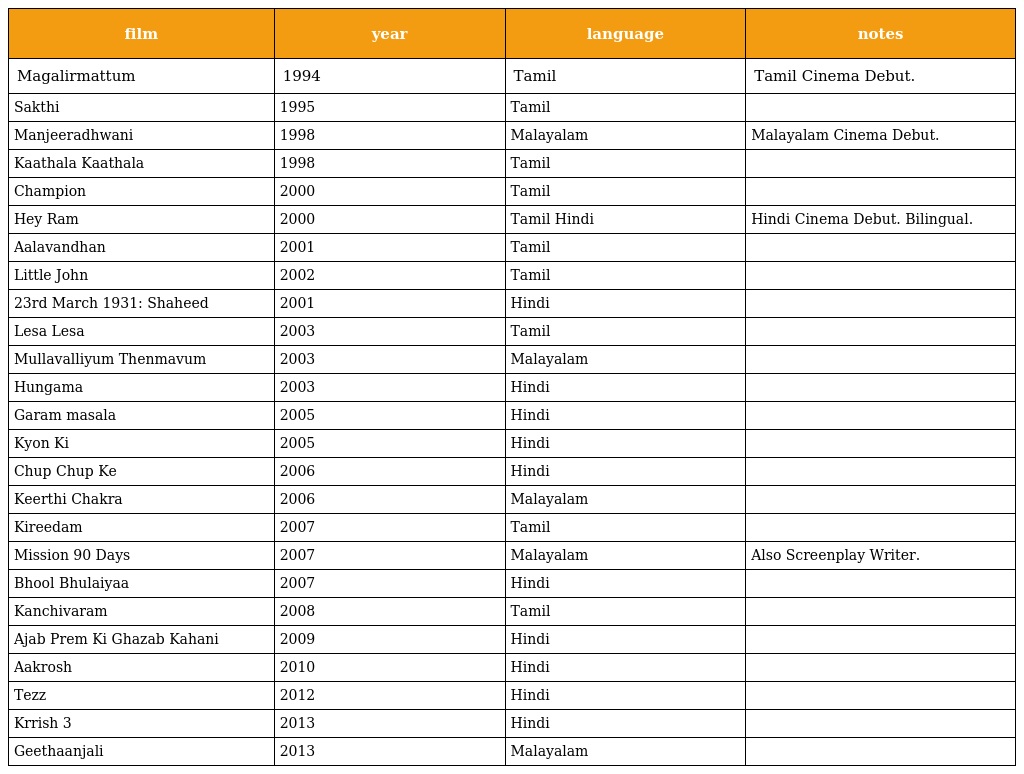
| film | year | language | notes |
 | --- | --- | --- | --- |
 | Magalirmattum | 1994 | Tamil | Tamil Cinema Debut. |
 | Sakthi | 1995 | Tamil |  |
 | Manjeeradhwani | 1998 | Malayalam | Malayalam Cinema Debut. |
 | Kaathala Kaathala | 1998 | Tamil |  |
 | Champion | 2000 | Tamil |  |
 | Hey Ram | 2000 | Tamil Hindi | Hindi Cinema Debut. Bilingual. |
 | Aalavandhan | 2001 | Tamil |  |
 | Little John | 2002 | Tamil |  |
 | 23rd March 1931: Shaheed | 2001 | Hindi |  |
 | Lesa Lesa | 2003 | Tamil |  |
 | Mullavalliyum Thenmavum | 2003 | Malayalam |  |
 | Hungama | 2003 | Hindi |  |
 | Garam masala | 2005 | Hindi |  |
 | Kyon Ki | 2005 | Hindi |  |
 | Chup Chup Ke | 2006 | Hindi |  |
 | Keerthi Chakra | 2006 | Malayalam |  |
 | Kireedam | 2007 | Tamil |  |
 | Mission 90 Days | 2007 | Malayalam | Also Screenplay Writer. |
 | Bhool Bhulaiyaa | 2007 | Hindi |  |
 | Kanchivaram | 2008 | Tamil |  |
 | Ajab Prem Ki Ghazab Kahani | 2009 | Hindi |  |
 | Aakrosh | 2010 | Hindi |  |
 | Tezz | 2012 | Hindi |  |
 | Krrish 3 | 2013 | Hindi |  |
 | Geethaanjali | 2013 | Malayalam |  |